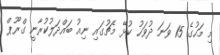
މި މަހުގެ 15 ވަނަ ދުވަހު ކުޅޭ މެޗުގައި ނިއު ބައްދަލުކުރާނީ ގްރޫޕް